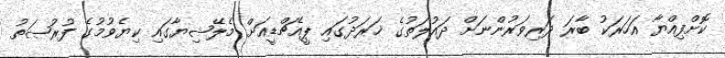
ކޮށްފިއްޔާ އަހަރަކު ބާރަ ދަރިވަރުންނަށް ދައުލަތުގެ ޚަރަދުގައި ޕީއެޗްޑީއަށް މެލޭޝިޔާގައި ކިޔެވުމުގެ ފުރުޞަތު